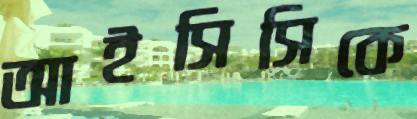
আইসিসিকে